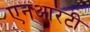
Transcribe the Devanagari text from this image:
एनआरटी